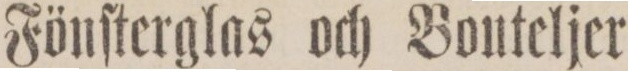
Fönſterglas och Bouteljer